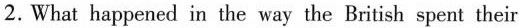
2.What happened in the way the British spent their